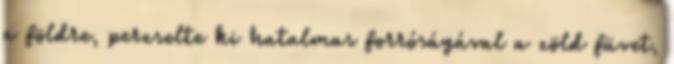
a földre, perzselte ki hatalmas forróságával a zöld füvet,